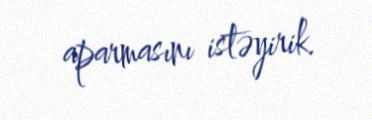
aparmasını istəyirik.